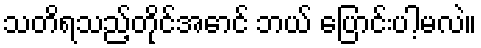
သတိရသည့်တိုင်အောင် ဘယ် ပြောင်းပါ့မလဲ။